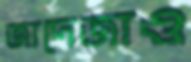
জাদেজাও